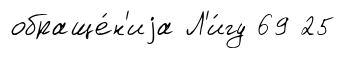
обраще́н'иjа Л'и́гу 69 25